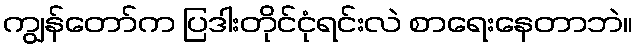
ကျွန်တော်က ပြဒါးတိုင်ငုံရင်းလဲ စာရေးနေတာဘဲ။